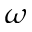
\omega